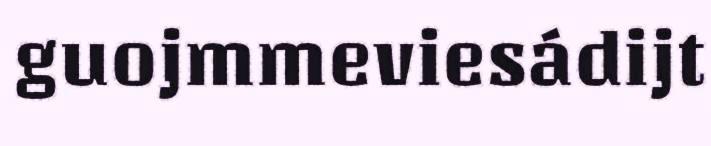
guojmmeviesádijt